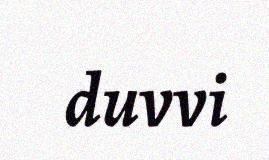
duvvi